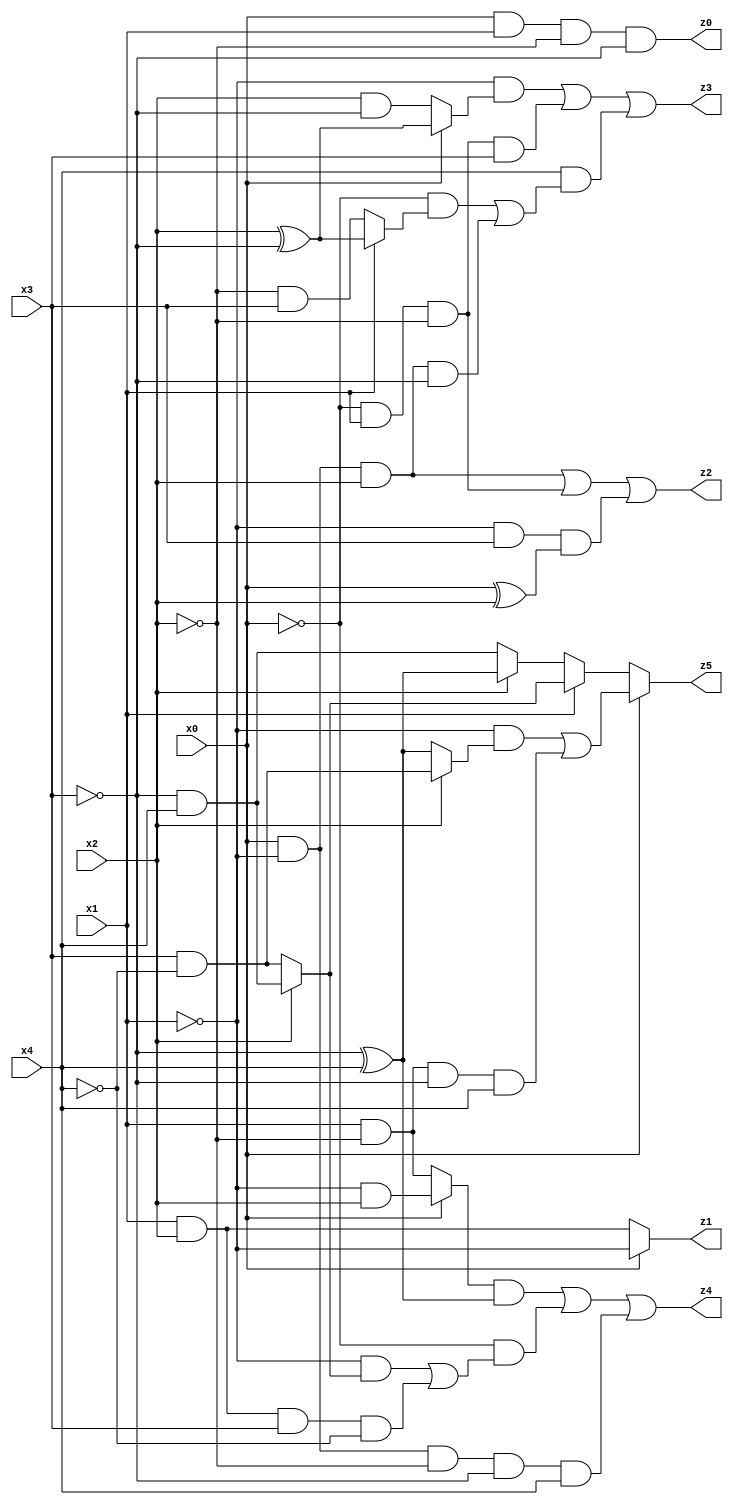
// Benchmark "quot_res" written by ABC on Mon Jul 10 18:46:16 2023

module quot_res ( 
    x0, x1, x2, x3, x4,
    z0, z1, z2, z3, z4, z5  );
  input  x0, x1, x2, x3, x4;
  output z0, z1, z2, z3, z4, z5;
  assign z0 = x0 & x1 & ~x2 & ~x3;
  assign z1 = x0 ? ~x1 : (x1 & x2);
  assign z2 = (x0 & ~x1 & x2) | (~x0 & x1 & ~x2) | (~x1 & x3 & (x0 ^ x2));
  assign z3 = (~x1 & (x0 ? (x2 ^ ~x3) : (x2 & ~x3))) | (~x0 & x1 & ~x2 & x3) | (x4 & ((~x0 & (x1 ? (x2 ^ ~x3) : (~x2 & x3))) | (x0 & ~x1 & x2 & ~x3)));
  assign z4 = ((x0 ? (~x1 & x2) : (x1 & ~x2)) & (~x3 ^ x4)) | (~x0 & ((~x1 & (x2 ? (~x3 & x4) : (x3 & ~x4))) | (x1 & x2 & x3 & ~x4))) | (x0 & ~x1 & ~x2 & ~x3 & x4);
  assign z5 = x0 ? ((~x1 & (x2 ? (x3 & ~x4) : (~x3 ^ x4))) | (x1 & ~x2 & ~x3 & x4)) : (x1 ? (x2 ? (~x3 & x4) : (x3 & ~x4)) : (x2 ? (~x3 ^ x4) : (~x3 & x4)));
endmodule